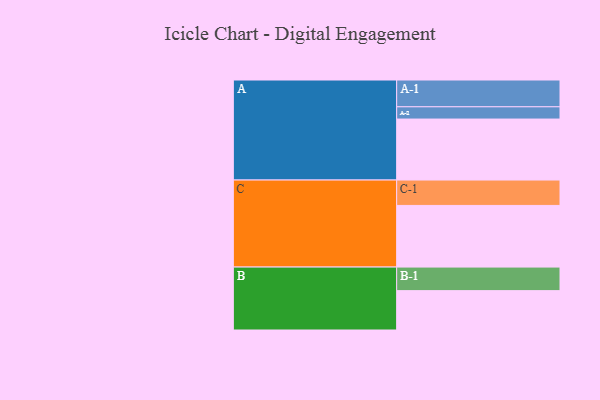
{"axis": {"x": "Segment", "y": "Value"}, "legend": ["", "A", "B", "C"], "data": [{"x": "A", "y": 567, "type": ""}, {"x": "B", "y": 366, "type": ""}, {"x": "C", "y": 573, "type": ""}, {"x": "A-1", "y": 249, "type": "A"}, {"x": "A-2", "y": 114, "type": "A"}, {"x": "B-1", "y": 219, "type": "B"}, {"x": "C-1", "y": 236, "type": "C"}]}